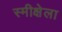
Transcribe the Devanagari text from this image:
स्मीक्षेला